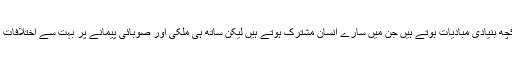
ہاں اقدار کے کچھ بنیادى مبادیات ہوتے ہیں جن میں سارے انسان مشترک ہوتے ہیں لیکن ساتھ ہى ملکى اور صوبائى پیمانے پر بہت سے اختلافات بهى ہوتے ہیں۔